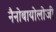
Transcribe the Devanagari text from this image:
नैनोबायोलोजी